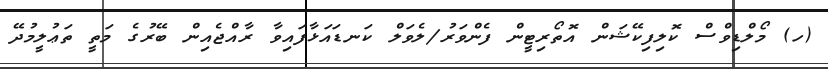
(ހ) މޯލްޑިވްސް ކޮލިފިކޭޝަން އޮތޯރިޓީން ފެންވަރު/ލެވަލް ކަނޑައަޅާފައިވާ ރާއްޖެއިން ބޭރުގެ މަތީ ތަޢުލީމުދޭ